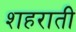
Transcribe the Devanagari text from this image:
शहराती